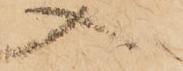
入